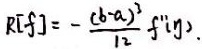
$R[\xi]=-\frac{(b - a)^3}{12}f''(\eta)$